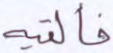
فألقيه